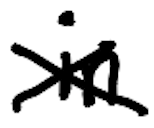
Text: in
Cross-out: cross
Writing tool: digital_black